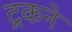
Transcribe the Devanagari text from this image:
ट्रकने